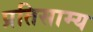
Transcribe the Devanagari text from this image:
प्रतिसाम्य